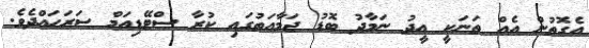
އެގޮތުން އެއް ތަނަކީ އީދު ނަމާދު ބޮޑު ޖަމާއަތުގައި ކުރާ ސްޓޭޑިއަމް ސަރަހައްދެވެ.